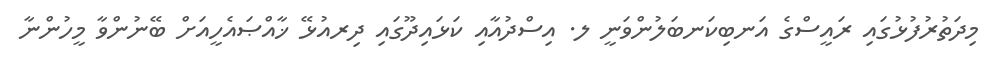
މިދަތުރުފުޅުގައި ރައީސްގެ އަނބިކަނބަލުންވަނީ ލ. އިސްދުއާއި ކަޅައިދޫގައި ދިރއުޅޭ ޚާއްޞައެހީއަށް ބޭނުންވާ މީހުންނާ